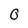
Character: 0